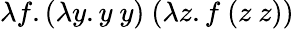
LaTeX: \lambda f.(\lambda y.y\ y)\ (\lambda z.f\ (z\ z))